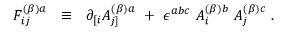
F _ { i j } ^ { ( \beta ) a } ~ ~ \equiv ~ ~ \partial _ { [ i } A _ { j ] } ^ { ( \beta ) a } ~ + ~ \epsilon ^ { a b c } ~ A _ { i } ^ { ( \beta ) b } ~ A _ { j } ^ { ( \beta ) c } ~ .